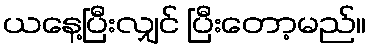
ယနေ့ပြီးလျှင် ပြီးတော့မည်။